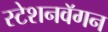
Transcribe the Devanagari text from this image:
स्टेशनवॅगन